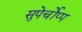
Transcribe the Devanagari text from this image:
सुपेर्चोप्प